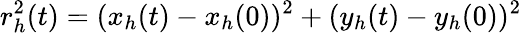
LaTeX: r_{h}^{2}(t)=(x_{h}(t)-x_{h}(0))^{2}+(y_{h}(t)-y_{h}(0))^{2}